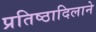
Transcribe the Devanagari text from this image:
प्रतिष्ठादिलाने